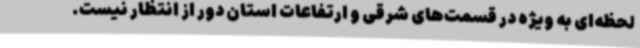
لحظه‌ای به ویژه در قسمت‌های شرقی و ارتفاعات استان دور از انتظار نیست.